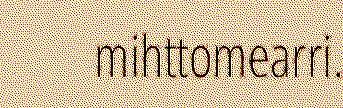
mihttomearri.